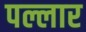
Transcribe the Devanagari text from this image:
पल्लार